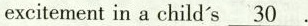
excitement in a child's \underline{30} .